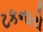
ટકનારો